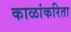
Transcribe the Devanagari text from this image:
काळांकरिता